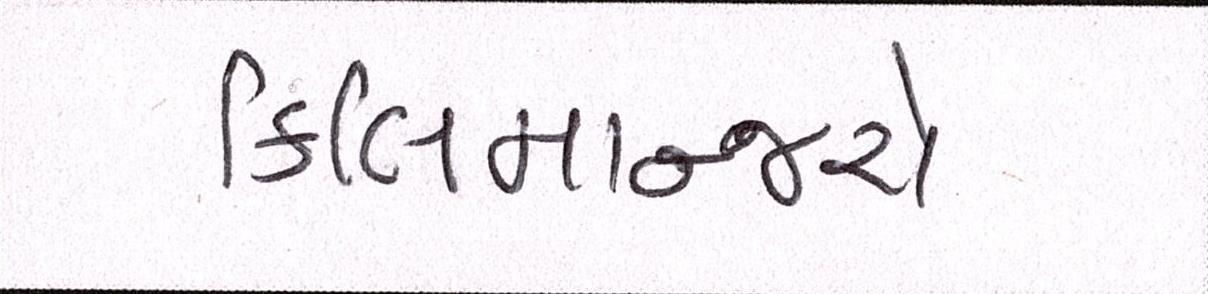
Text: કિલિમાન્જરો